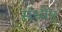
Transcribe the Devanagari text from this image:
संध्येषु